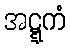
အဋ္ဋကံ